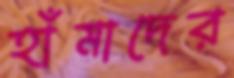
হাঁমাদের